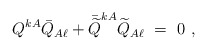
\begin{align*}Q^{kA}\bar Q_{A\ell}+\bar{\widetilde Q}^{kA}\widetilde Q_{A\ell}\ =\ 0\ ,\end{align*}